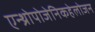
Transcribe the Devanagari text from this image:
एन्थ्रोपोजेनिकहेलोजन